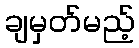
ချမှတ်မည့်